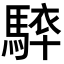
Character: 𩣰